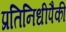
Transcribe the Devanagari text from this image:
प्रतिनिधीपैकी